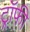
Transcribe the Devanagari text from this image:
ट्राॅफी